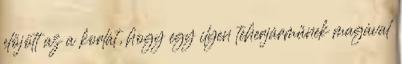
előjött az a korlát, hogy egy ilyen teherjárműnek magával